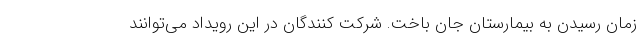
زمان رسیدن به بیمارستان جان باخت. شرکت کنندگان در این رویداد می‌توانند